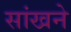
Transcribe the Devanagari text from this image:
सांखने